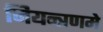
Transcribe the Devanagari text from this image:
नियन्त्रणमे